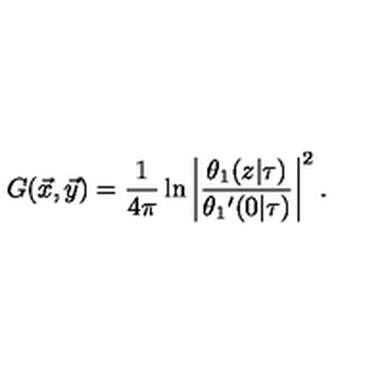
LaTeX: G ( \vec { x } , \vec { y } ) = { \frac { 1 } { 4 \pi } } \ln \left| { \frac { \theta _ { 1 } ( z | \tau ) } { \theta _ { 1 } { ' } ( 0 | \tau ) } } \right| ^ { 2 } .